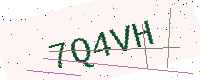
Text: 7Q4VH